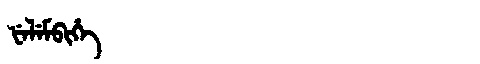
Manchu: ᡶᡝᠯᡝᠮᠪᡳᡥᡝ
Romanization: FELEMBIHE